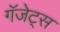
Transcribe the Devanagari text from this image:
गॅजेट्स